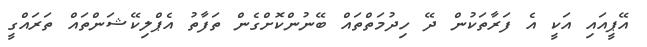
އޭޕީއައި އަކީ އެ ފަރާތަކުން ދޭ ހިދުމަތްތައް ބޭނުންކޮށްގެން ތަފާތު އެޕްލިކޭޝަންތައް ތަރައްގީ